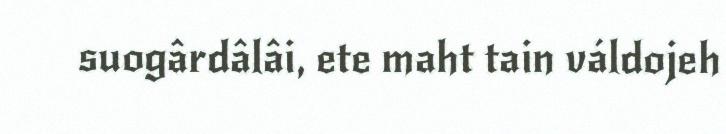
suogârdâlâi, ete maht tain váldojeh